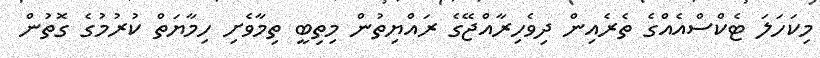
މިކަހަލަ ޓެކްސްއެއްގެ ތެރެއިން ދިވެހިރާއްޖޭގެ ރައްޔިތުން މިތިބީ ތިމާވެށި ހިމާޔަތް ކުރުމުގެ ގޮތުން